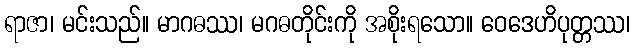
ရာဇာ၊ မင်းသည်။ မာဂဓဿ၊ မဂဓတိုင်းကို အစိုးရသော။ ဝေဒေဟိပုတ္တဿ၊